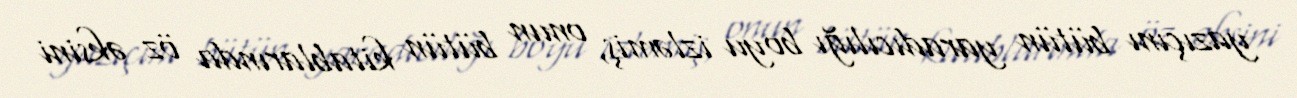
yazıçını bütün yaradıcılığı boyu izləmiş, onun bütün kitablarında öz əksini